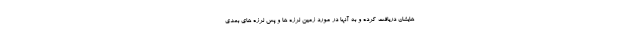
هایشان دریافت کرده و به آنها در مورد زمین لرزه ها و پس لرزه های بعدی